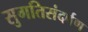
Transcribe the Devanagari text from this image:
सुगतिसंदर्षण